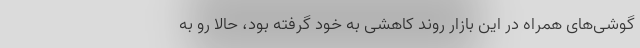
گوشی‌های همراه در این بازار روند کاهشی به خود گرفته بود، حالا رو به